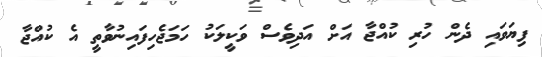
ފިޔަވައި ދެން ހުރި ކުއްޖާ އަށް އަދިވެސް ވަކީލަކު ހަމަޖެހިފައިނުވާތީ އެ ކުއްޖާ